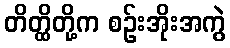
တိတ္ထိတို့က စဉ်းအိုးအကွဲ